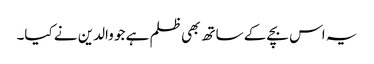
یہ اس بچے کے ساتھ بھی ظلم ہے جو والدین نے کیا۔